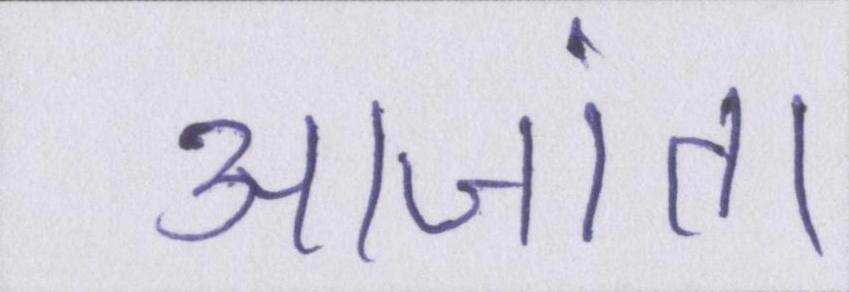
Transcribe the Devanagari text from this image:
आजा॑ता